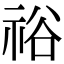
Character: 𥙿